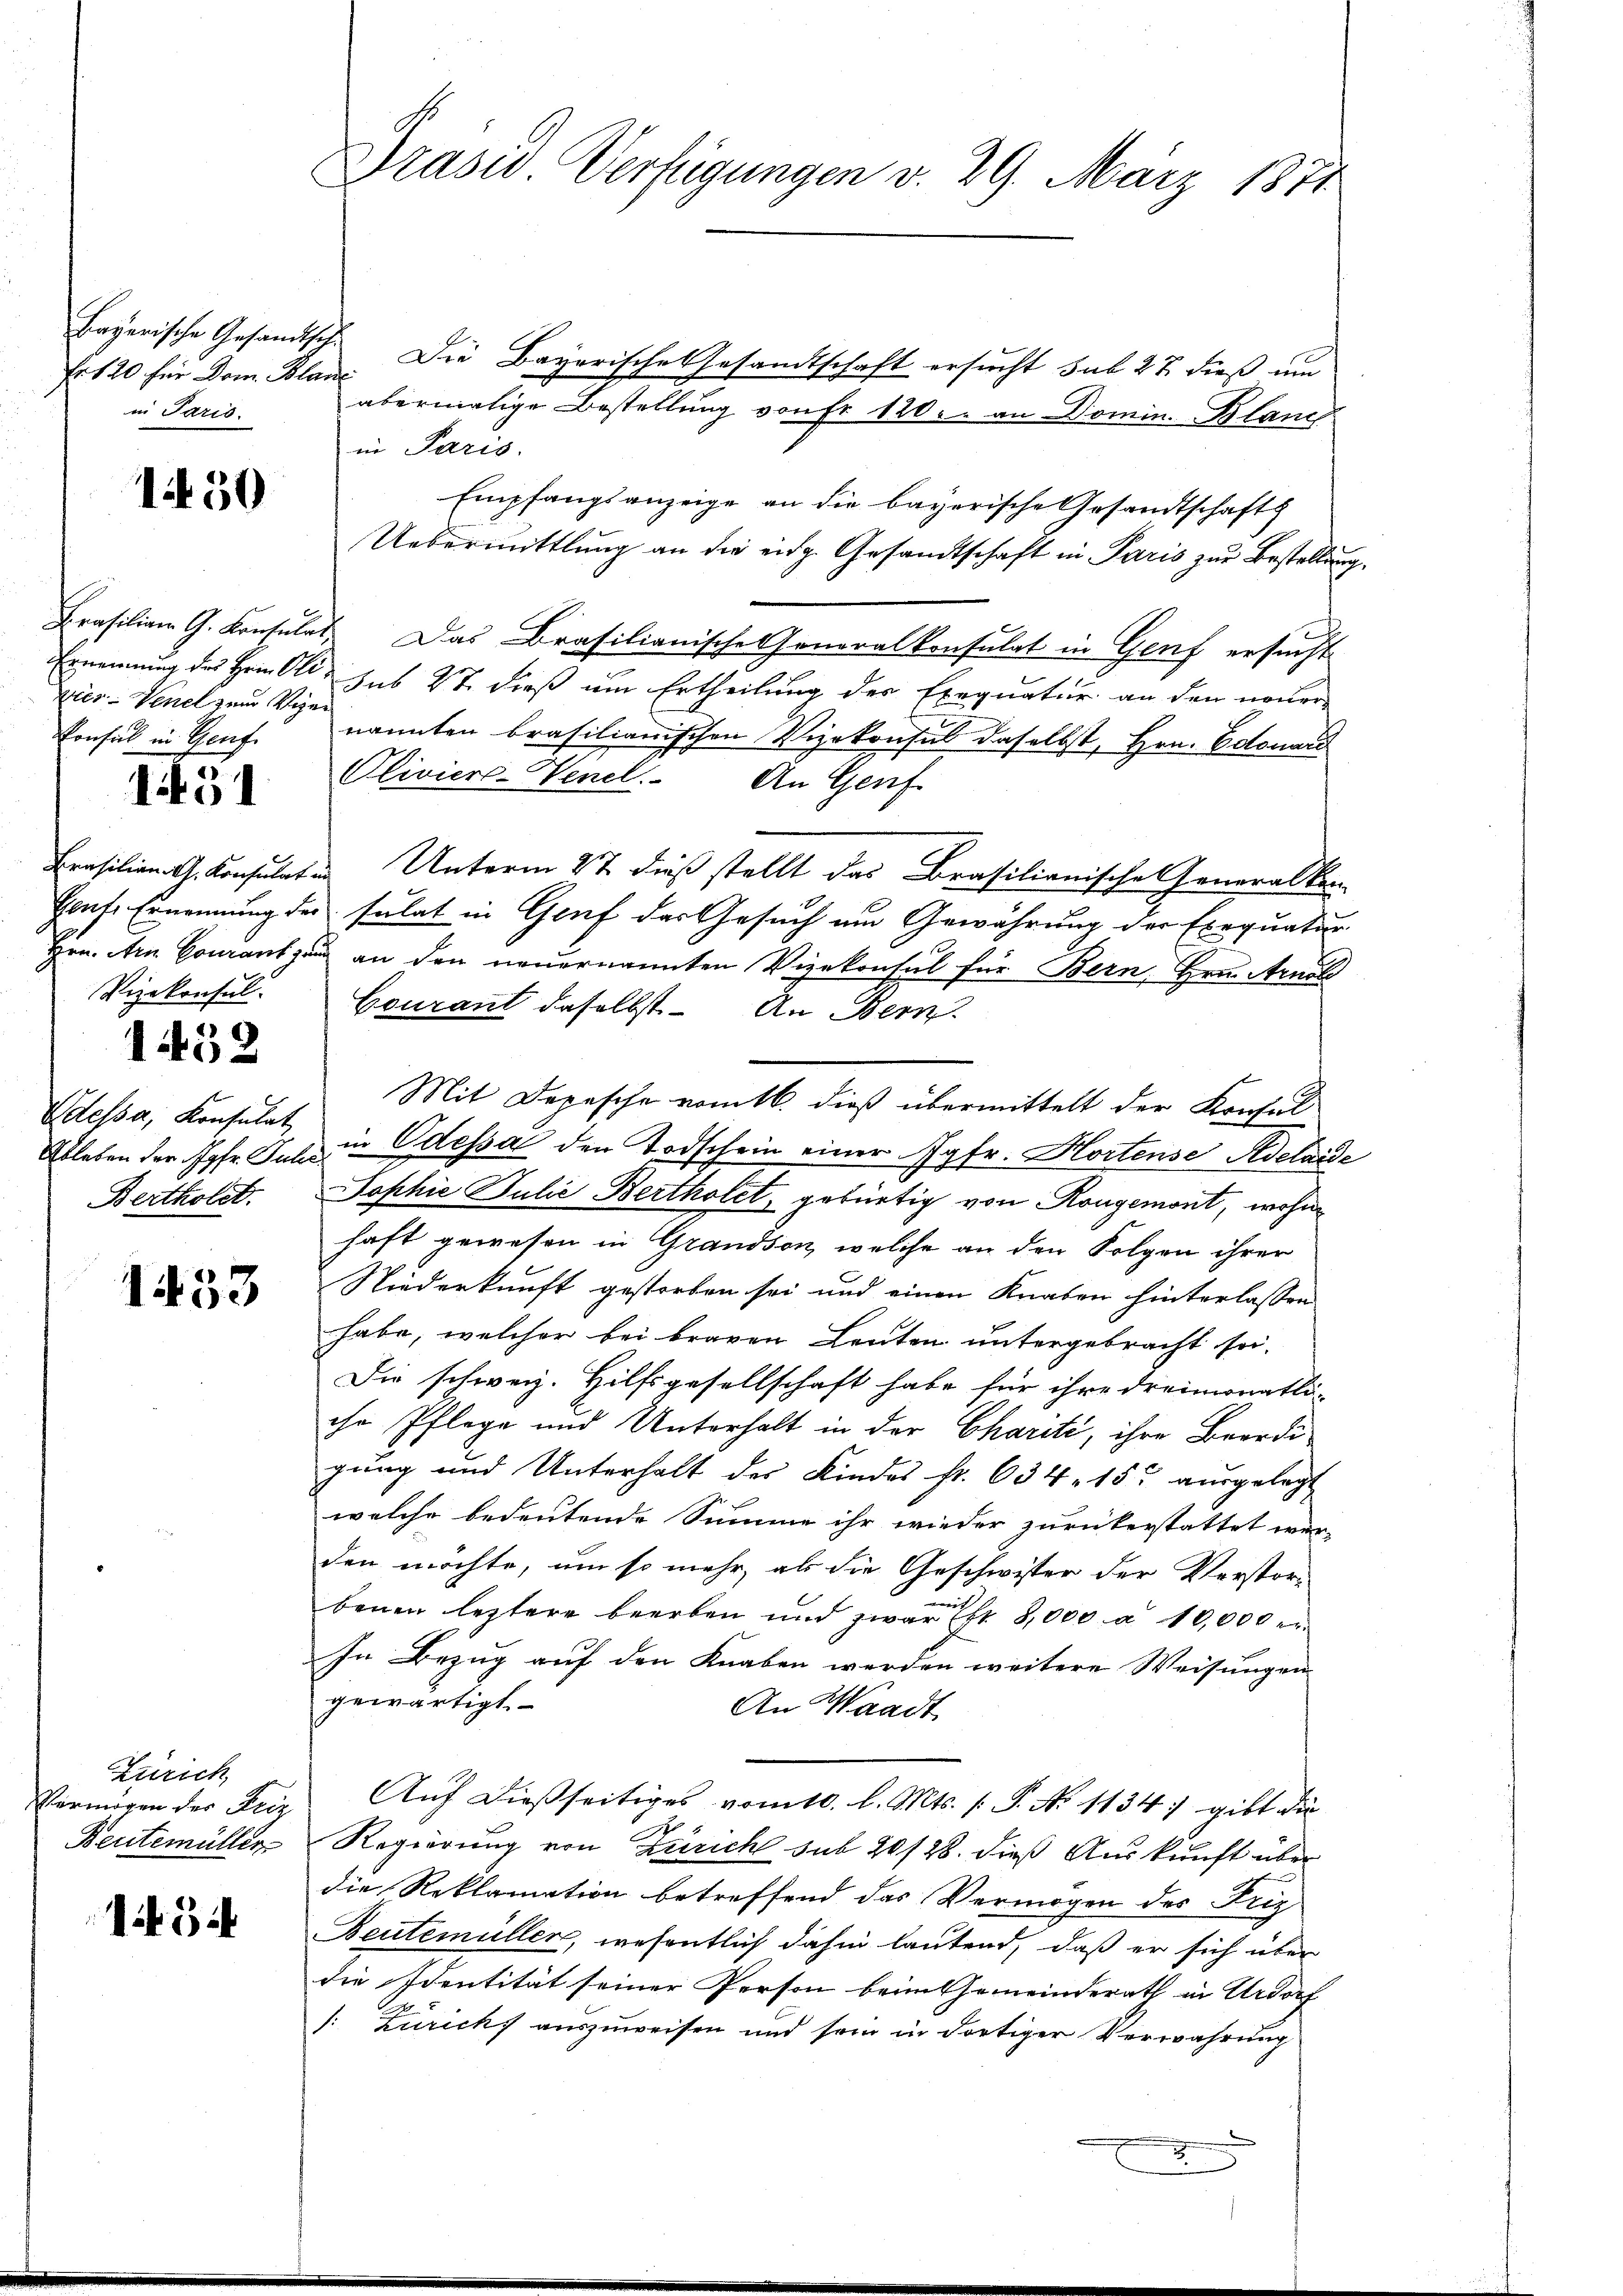
Er 120 für Dom Blanc
in Paris.

1450

vies Venel zum Viger
konsul in Genf

1451

Vizekonsul

4
140

Odessa, Konsulat
Bertholet.

1453

Zürich
Vermögen der Reiz
Beutemüller

134

Präsid. Verfügungen v. 29. März 1871

Bayerische Gesandtsch. Die Bayerische Gesandtschaft ersucht sub 27. dieß um
abermalige Bestellung von Fr 120. an Domin. Blanc
in Paris.
Empfangsanzeige an die bayerische Gesandtschafts
Uebermittlung an die eidg. Gesandtschaft in Paris zur Bestellung
Prasilian G. Konsulat. Das Brasilianische Generalkonsulat in Genf ersucht
Ernennung des Herrn Ott, sub 27. dieß um Ertheilung der Exequatur an den neuer
nannten brasilianischen Vizekonsul daselbst, Hrn. Edouard
Olivier-Venel. An Genf.
Erasilion G. Konsulate Unterm 27 dieß stellt das Brasilianisches Generalkon-
Haufe Ernennung der sulat in Gruf das Gesuch um Gewährung der Exequatur
Hrn. Arn Courantzung an den neuernannten Vizekonsul für Bern, Hrn. Arnol
Courant daselbst. An Bern.
Ableben der Jahr des in Odessa den Todschein einer Jgfr. Hortense Adelaide
Sophie Julie Bertholet, gebürtig von Rougemont, wohin
haft gewesen in Grandson, welche an den Folgen ihrer
Niederkunft gestorben sei und einen Knaben hinterlassen
habe, welcher bei braven Leuten untergebracht sei.
Die schweiz. Hilfsgesellschaft habe für ihre dreimonatli-
ihr Pflege und Unterhalt in der Chariti, ihre Beerdigung und Unterhalt des Kindes fr. 634. 15. ausgelegt
welche bedeutende Summe ihr wieder zurückerstattet wer-
den möchte, um so mehr, als die Geschwister der Verstor-
benen leztere beerben und zwar Est 8,000 à 10,000 er
In Bezug auf den Knaben werden weitere Weisungen
gewärtigt.
An Waadt.
Auf dießseitiges vom 10. l. Mts. (T. No 1134) gibt die
Regierung von Zürich sub 20/28. dieß Auskunft über
die Reklamation betreffend das Vermögen des Friz
Beutemüller, wesentlich dahin lautend, daß er sich über
die Identität seiner Person beim Gemeinderath in Urdorf
[: Zürichs auszuweisen und sein in dortiger Verwahrung
x

Mit Depesche vomtl. dieß übermittelt der Konsul